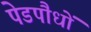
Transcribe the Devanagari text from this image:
पेडपौधों